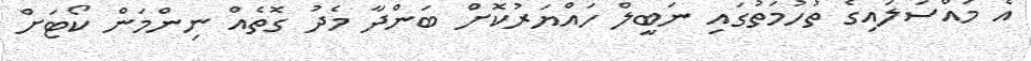
އެ މައްސަލައިގެ ތުހުމަތުގައި ނަބީލް ހައްޔަރުކޮށް ބަންދާ މެދު ގޮތެއް ނިންމަން ކޯޓަށް